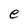
Character: e